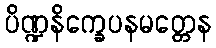
ပိဏ္ဍနိက္ခေပနမတ္တေန